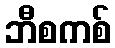
ဘီစကစ်